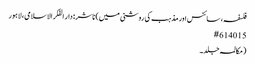
فلسفہ، سائنس اور مذہب کی روشنی میں) ناشر : دار الفکر الاسلامی، لاہور
15 #6140
(مکالمہ جلد۔